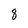
Character: 8